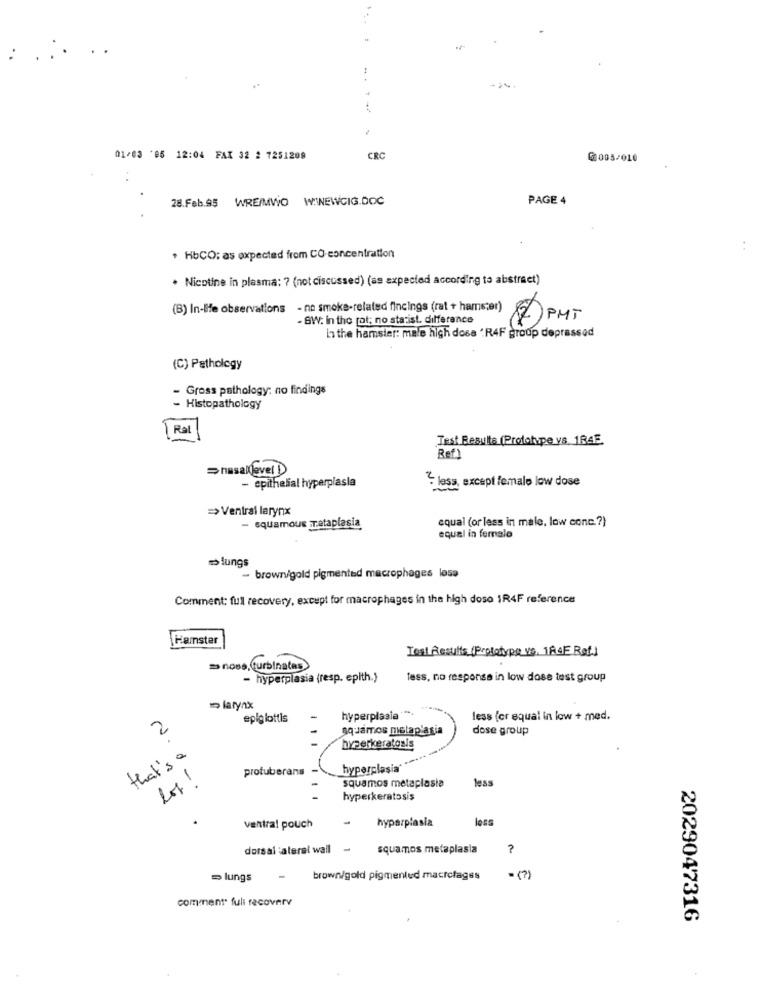
.. .
01/03 '05 12:04 FAX 32 2 7251209
CRC
61005/010
28.Feb.95 WRE/MWO WINEWCIG.DOC
PAGE 4
+ HbCO: as expected from CO-concentration
· Nicotine in plasma: ? (not discussed) (as expected according to abstract)
(B) In-le observations - no smoke-related findings (rat + hamster)
- BW: In the pot; no starist. difference
in the hamster: male high dose ' R4F group depressed
(C) Pathology
- Gross pathology; no findings
- Histopathology
[ Ral
Test Results (Prototype vs. 184E
Ref 1
>nasallevel )
- epithelial hyperplasla
- less, except female low dose
=> Ventral larynx
equal (or less in male, low cone .? )
- squamous metaplasia
equal in female
lungs
- brown/gold pigmented macrophages lesa
Comment: full recovery, except for macrophages in the high doso 1R4F reference
Hamster
Test Results (Prototypo vs. 184E Rot)
= nose,turbinates
- hyperplasia (resp. epith.)
tess, no responsa in low dose test group
larynx
epiglottis
hyperplasia ****
less for equal in low + med.
aquamos metap'asia
dose group
hyperkeratosis
that's a
protuberans
squamos metaplasia
less
hyperkeratosis
hyperplasia
loss
ventral pouch
dorsal :ateral wall
-
squamos metaplasia
?
= lungs
brown/gold pigmentud macrctages
= (?)
comment full recovery
2029047316